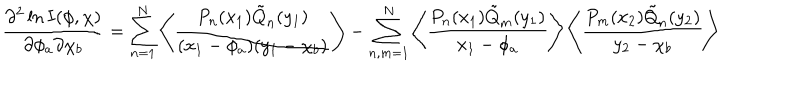
LaTeX: \frac { \partial ^ { 2 } \ln I ( \phi , \chi ) } { \partial \phi _ { a } \partial \chi _ { b } } = \sum _ { n = 1 } ^ { N } \left\langle \frac { P _ { n } ( x _ { 1 } ) \tilde { Q } _ { n } ( y _ { 1 } ) } { ( x _ { 1 } - \phi _ { a } ) ( y _ { 1 } - \chi _ { b } ) } \right\rangle - \sum _ { n , m = 1 } ^ { N } \left\langle \frac { P _ { n } ( x _ { 1 } ) \tilde { Q } _ { m } ( y _ { 1 } ) } { x _ { 1 } - \phi _ { a } } \right\rangle \left\langle \frac { P _ { m } ( x _ { 2 } ) \tilde { Q } _ { n } ( y _ { 2 } ) } { y _ { 2 } - \chi _ { b } } \right\rangle